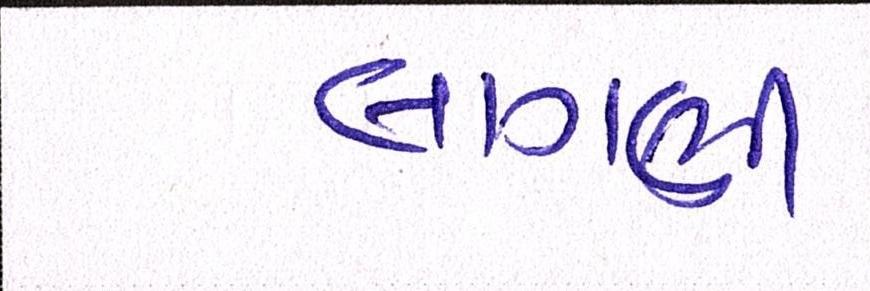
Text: લાગણી